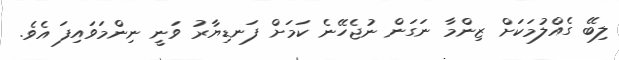
ލިބޭ ގެއްލުމަކަށް ޒިންމާ ނަގަން ނުޖެހޭނެ ކަމަށް ފަނޑިޔާރު ވަނީ ނިންމަވައިފަ އެވެ.